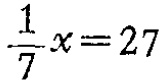
$\frac{1}{7}x = 27$